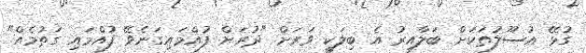
ގުޅޭ އުސޫލުތަކަށް ބަލާއިރު އެ ބިލަކީ ވަރަށް "ދުރަށް ފުއްމައިގަނެވޭ ފުއްމައި ގަތުމެއް"